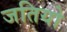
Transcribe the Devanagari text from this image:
जतियो